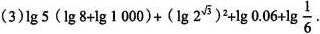
(3)$$l g 5 ( 1 g 8 + \ l g 1 0 0 0 ) +( 1 g 2 ^ { \sqrt { 3 } } ) ^ { 2 } + \l g 0 . 0 6 + \lg \frac { 1 } { 6 }$$·